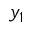
y _ { 1 }